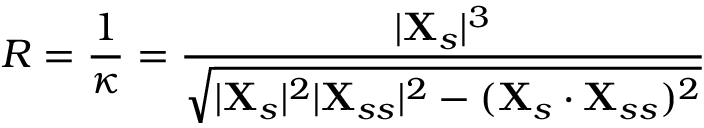
R = \frac { 1 } { \kappa } = \frac { | \mathbf { X } _ { s } | ^ { 3 } } { \sqrt { | \mathbf { X } _ { s } | ^ { 2 } | \mathbf { X } _ { s s } | ^ { 2 } - ( \mathbf { X } _ { s } \cdot \mathbf { X } _ { s s } ) ^ { 2 } } }